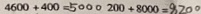
4 6 0 0 + 4 0 0 = 5 0 0 0 2 0 0 + 8 0 0 0 = 8 2 0 0